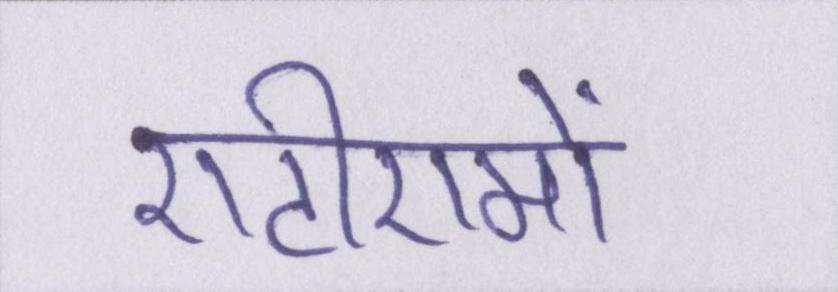
एटीएमों